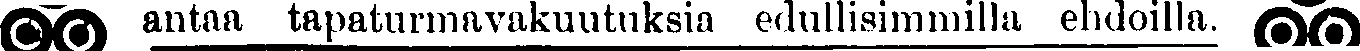
## antaa tapaturmavakuutuksia edullisimmilla ehdoilla. ##